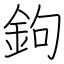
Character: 鉤